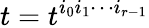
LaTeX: t=t^{i_{0}i_{1}\cdots i_{r-1}}